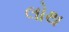
લોથ